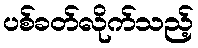
ပစ်ခတ်လိုက်သည့်